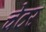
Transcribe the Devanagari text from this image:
चेटर